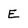
Character: E